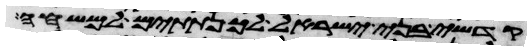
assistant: קדשי בני ישראל לך נתתים למשחה